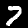
Label: 7